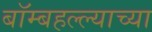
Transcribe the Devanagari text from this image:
बॉम्बहल्ल्याच्या